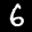
Label: 6